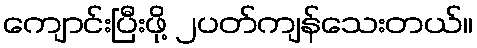
ကျောင်းပြီးဖို့ ၂ပတ်ကျန်သေးတယ်။